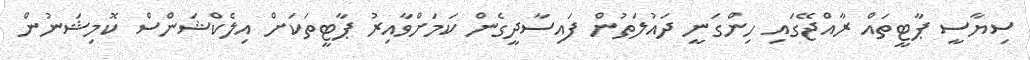
ސިޔާސީ ޕާޓީތައް ރާއްޖޭގައި ހިންގަނީ ދައުލަތުން ފައިސާދީގެން ކަމަށްވާއިރު ޕާޓީތަކަށް އިލެކްޝަންސް ކޮމިޝަނުން